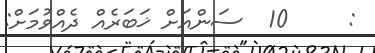
:     10  ސަންއަށް ޚަބަރެއް ދެއްވުމަށް: